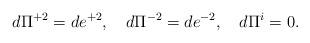
LaTeX: \begin{align*}d\Pi^{+2}=de^{+2},\quad d\Pi^{-2}=de^{-2},\quad d\Pi^i=0.\end{align*}